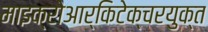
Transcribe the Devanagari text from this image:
माइक्रोआर्किटेक्चरयुक्त